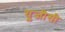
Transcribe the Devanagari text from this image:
यु़जीसी